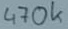
Text: 470k